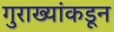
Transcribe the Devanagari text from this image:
गुराख्यांकडून